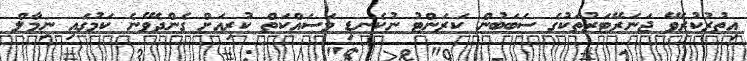
އިތުރުކުރެވޭ ޖަނަރޭޓަރުތަކުގެ ސަބަބުން ކަރަންޓު ނުކެނޑި މަސައްކަތް ކުރިއަށް ގެންދެވޭނެ ކަމުގައި ނިމާލް